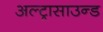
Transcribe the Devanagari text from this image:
अल्ट्रासाउन्ड